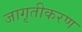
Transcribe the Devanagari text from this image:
जागृतीकरण